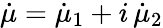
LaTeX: \dot{\mu}=\dot{\mu}_{1}+i\, \dot{\mu}_{2}